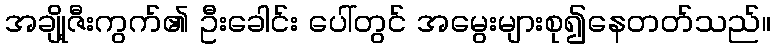
အချို့ဇီးကွက်၏ ဦးခေါင်း ပေါ်တွင် အမွေးများစု၍နေတတ်သည်။